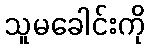
သူမခေါင်းကို